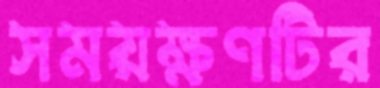
সময়ক্ষণটির